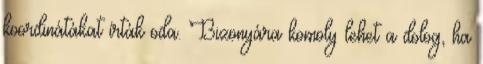
koordinátákat írták oda. Bizonyára komoly lehet a dolog, ha